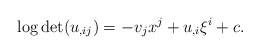
\begin{align*}\log\det (u_{,ij}) = -v_jx^j + u_{,i}\xi^i + c.\end{align*}